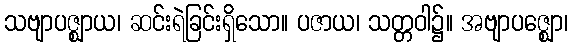
သဗျာပဇ္ဈာယ၊ ဆင်းရဲခြင်းရှိသော။ ပဇာယ၊ သတ္တဝါ၌။ အဗျာပဇ္ဈော၊